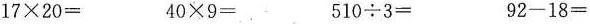
$$1 7 \times 2 0 =$$ $$4 0 \times 9 =$$ $$5 1 0 \div 3 =$$ $$9 2 - 1 8 =$$